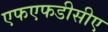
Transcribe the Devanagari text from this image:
एफएफडीसीए